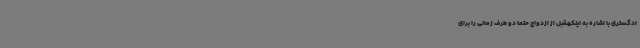
ادگستری با اشاره به اینکهقبل از ازدواج حتماً دو طرف زمانی را برای